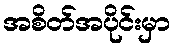
အစိတ်အပိုင်းမှာ